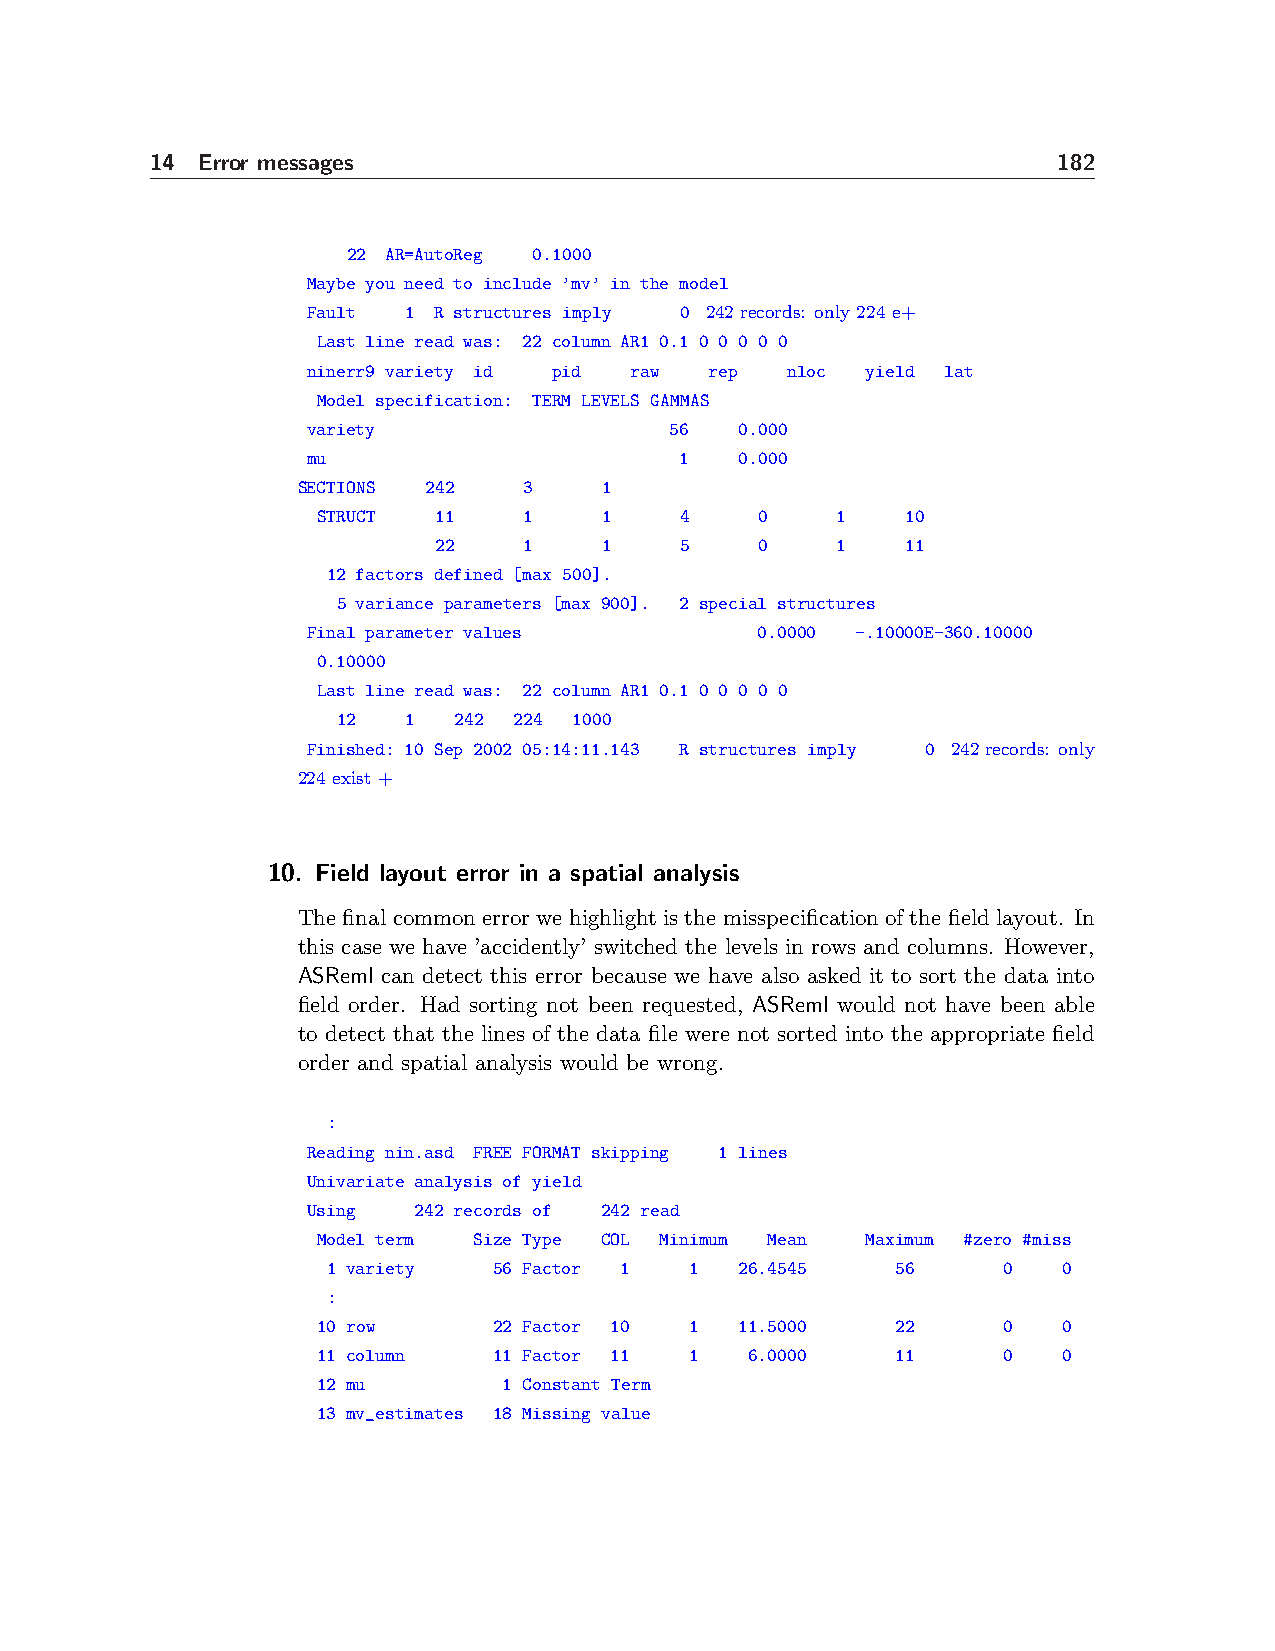
14 Error messages                                           182
 22 AR=AutoReg 0.1000
 Maybe you need to include ’mv’ in the model
 Fault  1 R structures imply 0 242 records: only 224 e+
 Last line read was: 22 column AR1 0.1 0 0 0 0 0
 ninerr9 variety id pid raw rep  nloc yield lat
 Model specification: TERM LEVELS GAMMAS
 variety                 56   0.000
 mu                       1   0.000
 SECTIONS 242   3    1
 STRUCT  11    1    1    4    0    1    10
 22    1    1    5    0    1    11
 12 factors defined [max 500].
 5 variance parameters [max 900]. 2 special structures
 Final parameter values        0.0000 -.10000E-360.10000
 0.10000
 Last line read was: 22 column AR1 0.1 0 0 0 0 0
 12   1  242 224 1000
 Finished: 10 Sep 2002 05:14:11.143 R structures imply 0 242records: only
 224 exist +
 10. Field layout error in a spatial analysis
 The final common error we highlight is the misspecification of the field layout. In
 this case we have ’accidently’ switched the levels in rows and columns. However,
 ASReml can detect this error because we have also asked it to sort the data into
 field order. Had sorting not been requested, ASReml would not have been able
 to detect that the lines of the data file were not sorted into the appropriate field
 order and spatial analysis would be wrong.
 :
 Reading nin.asd FREE FORMAT skipping 1 lines
 Univariate analysis of yield
 Using  242 records of 242 read
 Model term Size Type COL Minimum Mean Maximum #zero #miss
 1 variety  56 Factor 1  1  26.4545   56     0   0
 :
 10 row      22 Factor 10 1  11.5000   22     0   0
 11 column   11 Factor 11 1   6.0000   11     0   0
 12 mu       1 Constant Term
 13 mv_estimates 18 Missing value